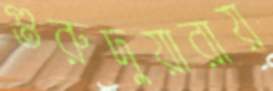
গুরুদুয়ারায়